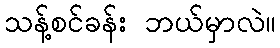
သန့်စင်ခန်း ဘယ်မှာလဲ။